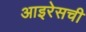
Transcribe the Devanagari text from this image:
आइरेसची